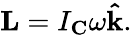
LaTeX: \mathbf{L}=I_{\mathbf{C}}\omega\mathbf{\hat{k}}.